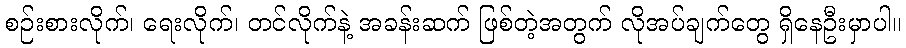
စဉ်းစားလိုက်၊ ရေးလိုက်၊ တင်လိုက်နဲ့ အခန်းဆက် ဖြစ်တဲ့အတွက် လိုအပ်ချက်တွေ ရှိနေဦးမှာပါ။